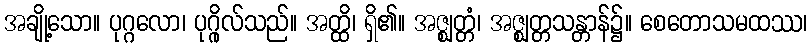
အချို့သော။ ပုဂ္ဂလော၊ ပုဂ္ဂိုလ်သည်။ အတ္ထိ၊ ရှိ၏။ အဇ္ဈတ္တံ၊ အဇ္ဈတ္တသန္တာန်၌။ စေတောသမထဿ၊